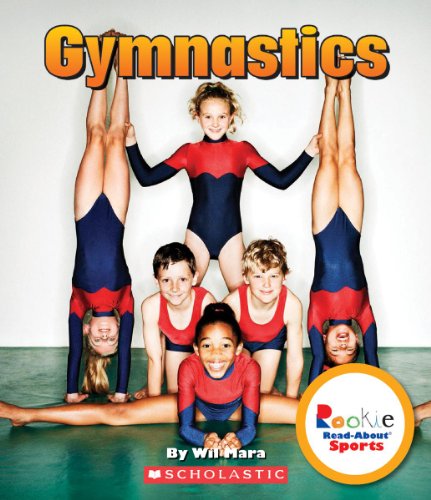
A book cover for Gymnastics (Rookie Read-About Sports); Wil Mara; Children's Books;